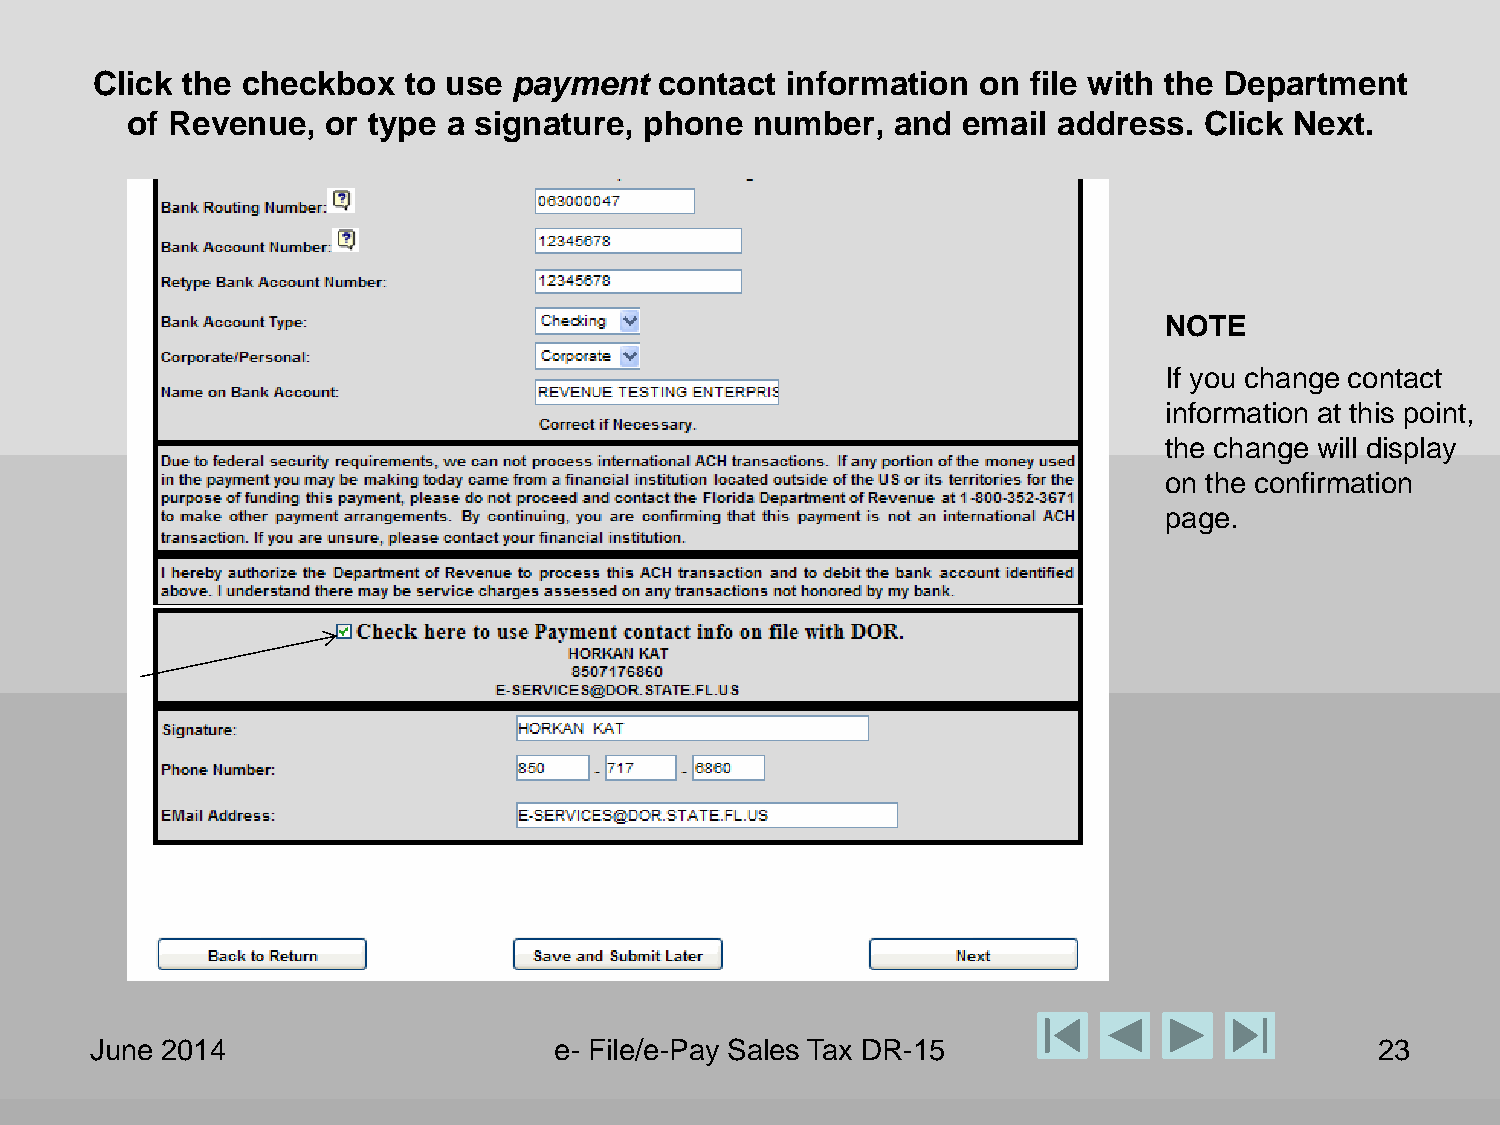
Click the checkbox   to use payment   contact information  on file with the Department
 of Revenue,   or type a signature, phone  number,  and  email address.  Click Next.
 NOTE
 If you change contact
 information at this point,
 the change will display
 on the confirmation
 page.
 June 2014                      e- File/e-Pay Sales Tax DR-15                         23